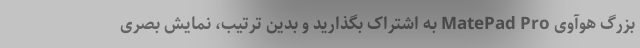
بزرگ هوآوی MatePad Pro به اشتراک بگذارید و بدین ترتیب، نمایش بصری